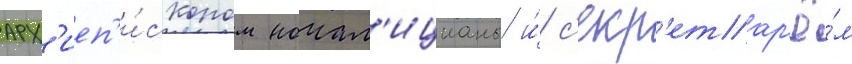
арх'иеп'и́скопом ночал'ицианы и́ с'екр'етар'ё́м